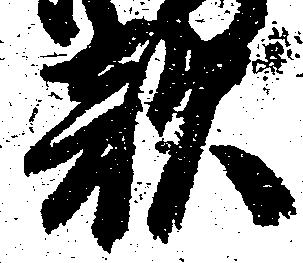
敵